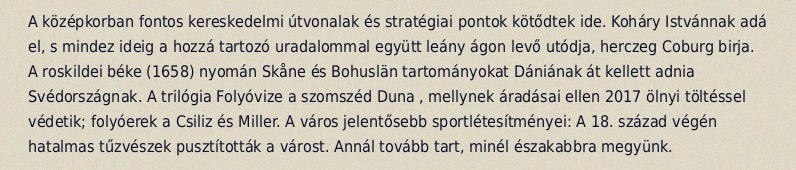
A középkorban fontos kereskedelmi útvonalak és stratégiai pontok kötődtek ide. Koháry Istvánnak adá el, s mindez ideig a hozzá tartozó uradalommal együtt leány ágon levő utódja, herczeg Coburg birja. A roskildei béke (1658) nyomán Skåne és Bohuslän tartományokat Dániának át kellett adnia Svédországnak. A trilógia Folyóvize a szomszéd Duna , mellynek áradásai ellen 2017 ölnyi töltéssel védetik; folyóerek a Csiliz és Miller. A város jelentősebb sportlétesítményei: A 18. század végén hatalmas tűzvészek pusztították a várost. Annál tovább tart, minél északabbra megyünk.